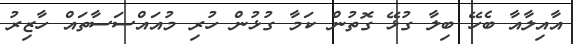
އާއިލާއާ ބެހޭ ބިލާ ގުޅޭ ގޮތުން ކަމާ ގުޅުން ހުރި މުއައްސަސާތައް ހާޒިރު